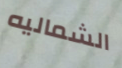
الشماليه